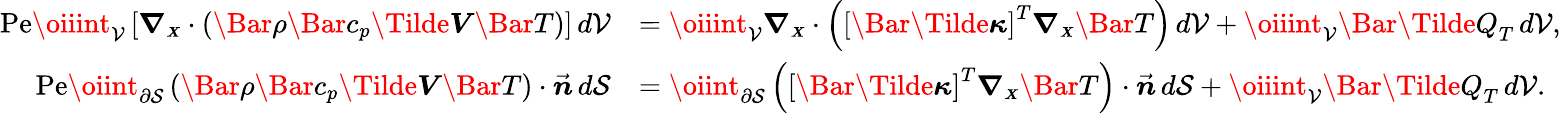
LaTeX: \begin{array}{rl}{\mathrm{Pe}\oiiint_{\mathcal{V}}\left[\boldsymbol{\nabla_{\scriptscriptstyle X}}\cdot\left(\Bar{\rho}\Bar{c}_{p}\boldsymbol{\Tilde{V}}\Bar{T}\right)\right]\, d\mathcal{V}}&{=\oiiint_{\mathcal{V}}\boldsymbol{\nabla_{\scriptscriptstyle X}}\cdot\left(\left[\boldsymbol{\Bar{\Tilde{\kappa}}}\right]^{T}\boldsymbol{\nabla_{\scriptscriptstyle X}}\Bar{T}\right)\, d\mathcal{V}+\oiiint_{\mathcal{V}}\Bar{\Tilde{Q}}_{T}\, d\mathcal{V},}\\ {\mathrm{Pe}\oiint_{\partial\mathcal{S}}\left(\Bar{\rho}\Bar{c}_{p}\boldsymbol{\Tilde{V}}\Bar{T}\right)\cdot\vec{\boldsymbol{n}}\, d\mathcal{S}}&{=\oiint_{\partial\mathcal{S}}\left(\left[\boldsymbol{\Bar{\Tilde{\kappa}}}\right]^{T}\boldsymbol{\nabla_{\scriptscriptstyle X}}\Bar{T}\right)\cdot\vec{\boldsymbol{n}}\, d\mathcal{S}+\oiiint_{\mathcal{V}}\Bar{\Tilde{Q}}_{T}\, d\mathcal{V}.}\end{array}